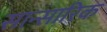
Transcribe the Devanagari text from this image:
सान्सारिक